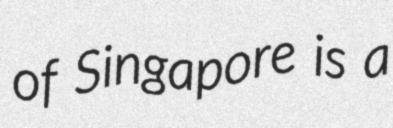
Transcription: of Singapore is a